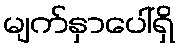
မျက်နှာပေါ်ရှိ